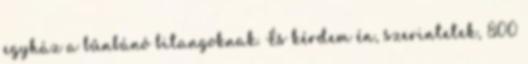
egyház a bűnbánó bitangoknak. És kérdem én, szerintetek, 800